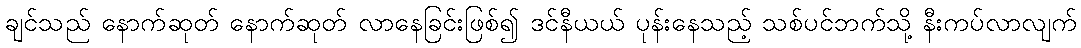
ချင်သည် နောက်ဆုတ် နောက်ဆုတ် လာနေခြင်းဖြစ်၍ ဒင်နီယယ် ပုန်းနေသည့် သစ်ပင်ဘက်သို့ နီးကပ်လာလျက်